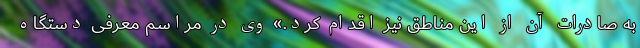
به صادرات آن از این مناطق نیز اقدام کرد.» وی در مراسم معرفی دستگاه